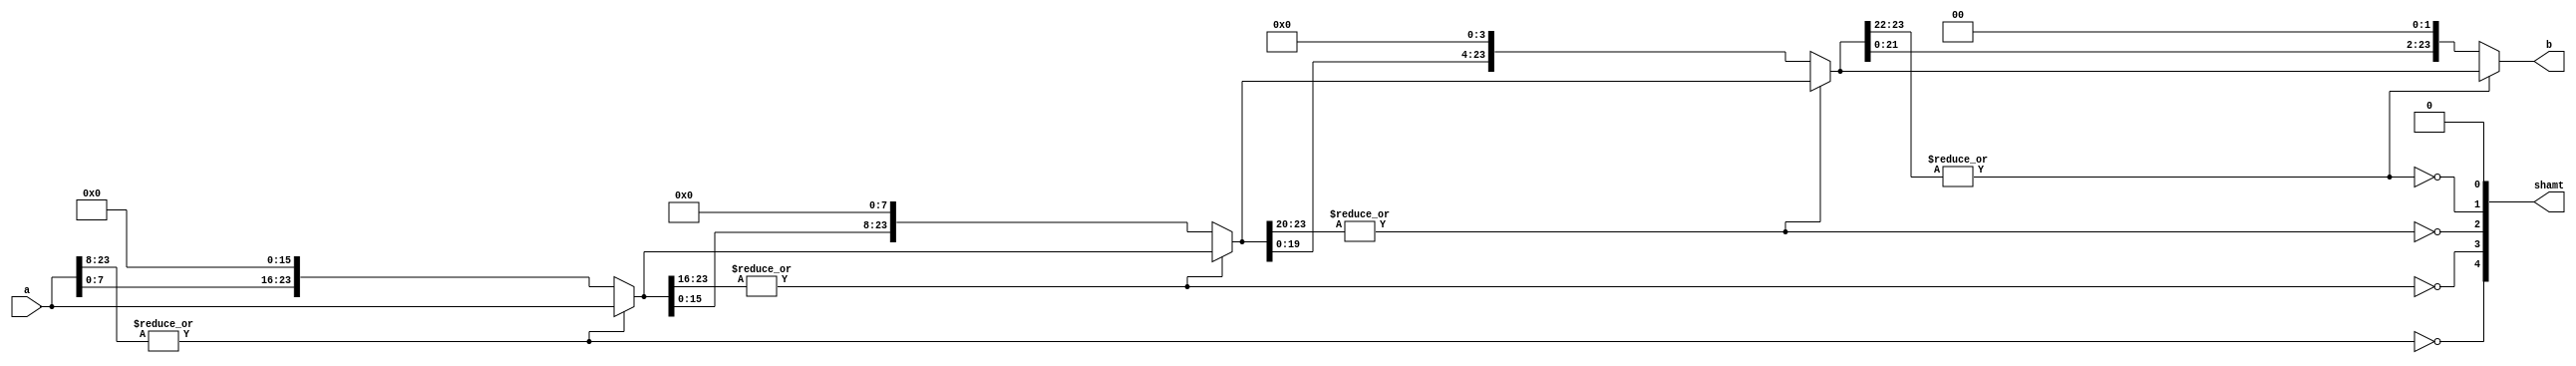
module shift_even_bits (a,b,shamt);
    input [23:0] a;
    output [23:0] b;
    output [4:0] shamt;
    
    wire [23:0] z5,z4,z3,z2,z1;
    wire [4:0] zeros;
    assign z5=a;

    assign zeros[4]=~|z5[23:08];
    assign z4=zeros[4]?{z5[07:0],16'b0}:z5;
    assign zeros[3]=~|z4[23:16];
    assign z3=zeros[3]?{z4[15:0],8'b0}:z4;
    assign zeros[2]=~|z3[23:20];
    assign z2=zeros[2]?{z3[19:0],4'b0}:z3;
    assign zeros[1]=~|z2[23:22];
    assign z1=zeros[1]?{z2[21:0],2'b0}:z2;
    assign zeros[0]=0;

    assign b=z1;
    assign shamt=zeros; 
endmodule